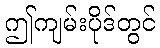
ဤကျမ်းပိုဒ်တွင်